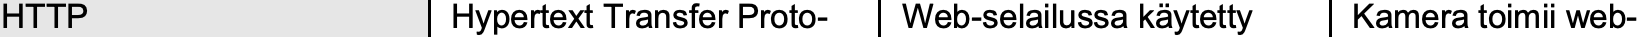
HTTP           Hypertext Transfer Proto- Web-selailussa käytetty Kamera toimii web-